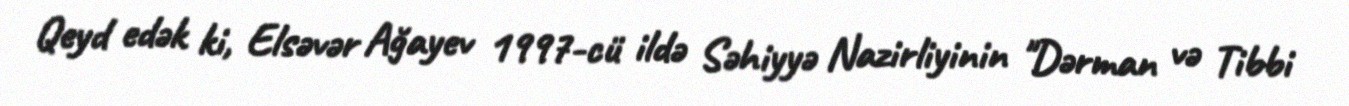
Qeyd edək ki, Elsəvər Ağayev 1997-cü ildə Səhiyyə Nazirliyinin "Dərman və Tibbi